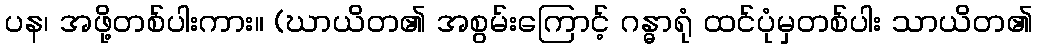
ပန၊ အဖို့တစ်ပါးကား။ (ဃာယိတ၏ အစွမ်းကြောင့် ဂန္ဓာရုံ ထင်ပုံမှတစ်ပါး သာယိတ၏